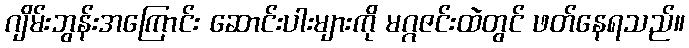
ဂျိမ်းဘွန်းအကြောင်း ဆောင်းပါးများကို မဂ္ဂဇင်းထဲတွင် ဖတ်နေရသည်။